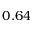
0 . 6 4